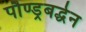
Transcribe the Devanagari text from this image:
पौण्ड्रबर्द्धन